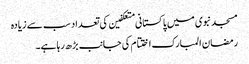
مسجد نبوی میں پاکستانی متعکفین کی تعداد سب سے زیادہ
رمضان المبارک اختتام کی جانب بڑھ رہا ہے۔